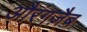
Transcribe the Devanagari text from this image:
औरंगज़ैब